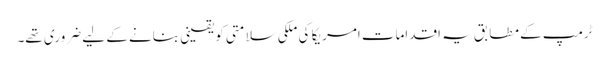
ٹرمپ کے مطابق یہ اقدامات امریکا کی ملکی سلامتی کو یقینی بنانے کے لیے ضروری تھے۔